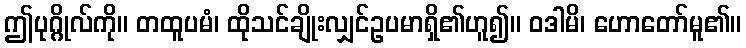
ဤပုဂ္ဂိုလ်ကို။ တထူပမံ၊ ထိုသင်ချိုးလျှင်ဥပမာရှိ၏ဟူ၍။ ဝဒါမိ၊ ဟောတော်မူ၏။